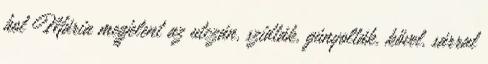
hol Mária megjelent az utczán, szidták, gúnyolták, kővel, sárral